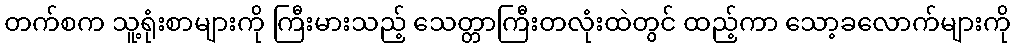
တက်စက သူ့ရုံးစာများကို ကြီးမားသည့် သေတ္တာကြီးတလုံးထဲတွင် ထည့်ကာ သော့ခလောက်များကို